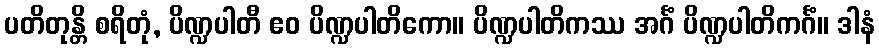
ပတိတုန္တိ စရိတုံ, ပိဏ္ဍပါတီ ဧဝ ပိဏ္ဍပါတိကော။ ပိဏ္ဍပါတိကဿ အင်္ဂံ ပိဏ္ဍပါတိကင်္ဂံ။ ဒါနံ